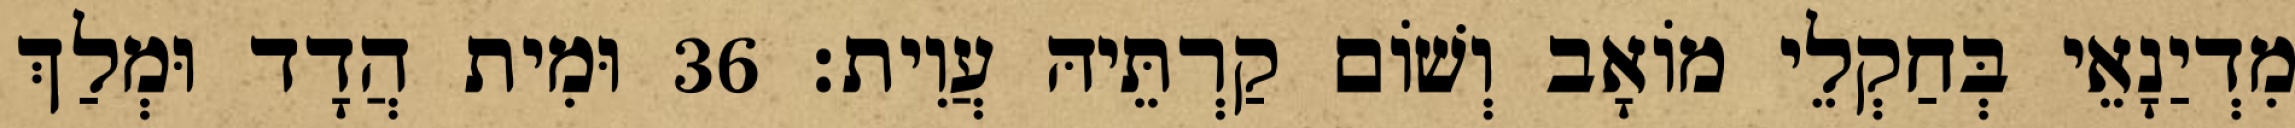
מִדְיַנָאֵי בְּחַקְלֵי מוֹאָב וְשׁוֹם קַרְתֵּיהּ עֲוִית׃ 36 וּמִית הֲדָד וּמְלַךְ